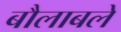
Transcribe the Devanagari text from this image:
बौलाबले